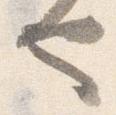
也